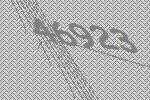
46923